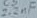
Text: 2.2µF